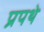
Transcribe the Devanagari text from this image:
प्रपथे